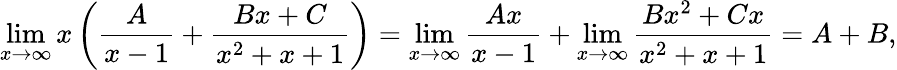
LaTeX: \operatorname*{lim}_{x\to\infty}x\left({\frac{A}{x-1}}+{\frac{Bx+C}{x^{2}+x+1}}\right)=\operatorname*{lim}_{x\to\infty}{\frac{Ax}{x-1}}+\operatorname*{lim}_{x\to\infty}{\frac{Bx^{2}+Cx}{x^{2}+x+1}}=A+B,